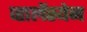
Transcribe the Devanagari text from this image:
व्हालेंस्येन